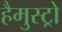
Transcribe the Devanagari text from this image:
हैमुस्ट्रो